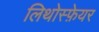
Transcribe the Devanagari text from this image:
लिथोस्फ़ेयर